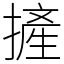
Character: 摌